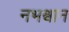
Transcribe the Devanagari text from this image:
नभश्वान